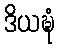
ဒိယဍ္ဎံ